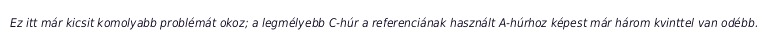
Ez itt már kicsit komolyabb problémát okoz; a legmélyebb C-húr a referenciának használt A-húrhoz képest már három kvinttel van odébb.